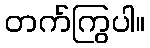
တက်ကြွပါ။